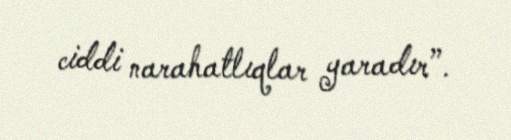
ciddi narahatlıqlar yaradır”.